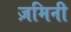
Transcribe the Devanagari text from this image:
ज़मिनी